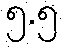
၅.၅